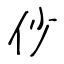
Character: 仯